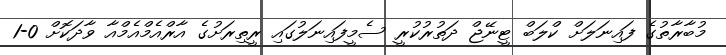
މުބާރާތުގެ ފައިނަލަށް ކްލަބް ޓީނޭޖް ދަތުރުކުރީ ސެމީފައިނަލުގައި ރީތިރަށުގެ އާރްއެމްއެމްއާ ވާދަކޮށް 0-1